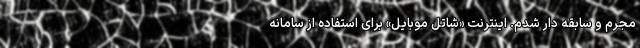
مجرم و سابقه دار شدم. اینترنت «شاتل موبایل» برای استفاده از سامانه